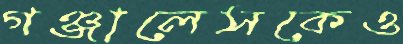
গঞ্জালেসকেও